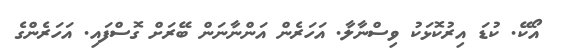
އޯކޭ. ކުޑަ އިރުކޮޅަކު ވިސްނާލާ. އަހަރެން އަންނާނަން ބޭރަށް ގޮސްފައި. އަހަރެންގެ